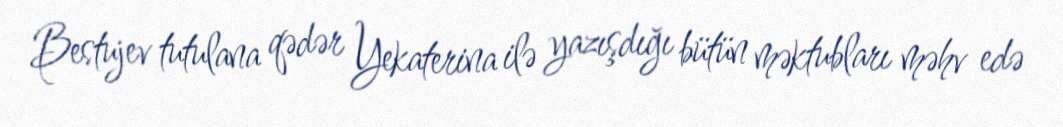
Bestujev tutulana qədər Yekaterina ilə yazışdığı bütün məktubları məhv edə